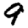
Digit: 9